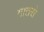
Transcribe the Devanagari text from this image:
गातसे